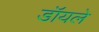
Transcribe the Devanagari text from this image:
डॉयले